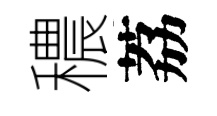
穠荔